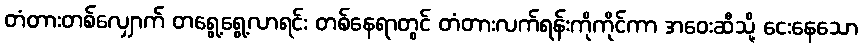
တံတားတစ်လျှောက် တရွေ့ရွေ့လာရင်း တစ်နေရာတွင် တံတားလက်ရန်းကိုကိုင်ကာ အဝေးဆီသို့ ငေးနေသော